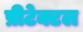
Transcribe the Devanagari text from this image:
प्रीटेक्टल